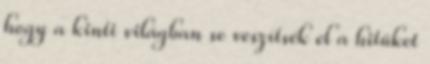
hogy a kinti világban se veszítsék el a hitüket